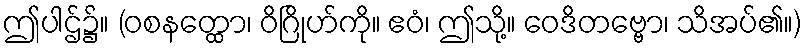
ဤပါဌ်၌။ (ဝစနတ္ထော၊ ဝိဂြိုဟ်ကို။ ဧဝံ၊ ဤသို့။ ဝေဒိတဗ္ဗော၊ သိအပ်၏။)